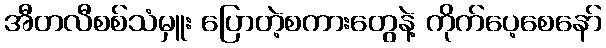
အီတလီစစ်သံမှူး ပြောတဲ့စကားတွေနဲ့ ကိုက်ပေ့စေနော်